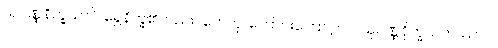
သုဝဏ္ဏနိက္ခသာပိ၊ ရွှေနိက္ခ၏လည်း။ ဟေတု၊ ကြောင်းကြောင့်။ ပ။ သုဝဏ္ဏနိက္ခသတဿာပိ၊